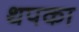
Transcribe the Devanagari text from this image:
थपका